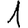
Digit: 1